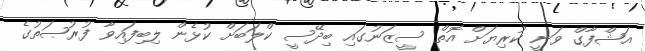
އަޝްފާގް ވަނީ ކުރިޔަށް އޮތް ސީޒަނުގައި ބިދޭސީ ކްލަބަށް ކުޅެން ލިބިފައިވާ ފުރުޞަތުގެ